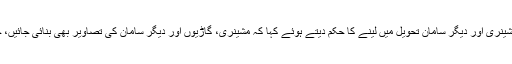
سپریم کورٹ نے سندھ حکومت کو منصوبے کی مشینری اور دیگر سامان تحویل میں لینے کا حکم دیتے ہوئے کہا کہ مشینری، گاڑیوں اور دیگر سامان کی تصاویر بھی بنائی جائیں، جبکہ ملازمین کو ہر صورت تنخواہیں دلوائی جائیں۔